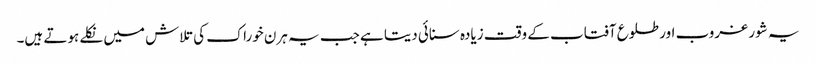
یہ شور غروب اور طلوع آفتاب کے وقت زیادہ سنائی دیتا ہے جب یہ ہرن خوراک کی تلاش میں نکلے ہوتے ہیں۔